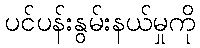
ပင်ပန်းနွမ်းနယ်မှုကို